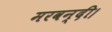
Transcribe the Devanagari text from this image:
मरवन्दी।